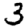
Digit: 3